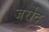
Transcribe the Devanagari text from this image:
जर्रोद